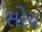
સોય